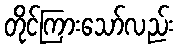
တိုင်ကြားသော်လည်း